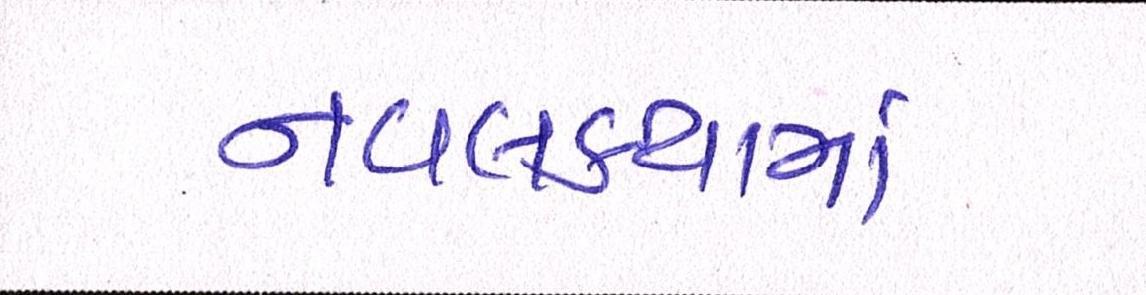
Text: નવલકથામાં